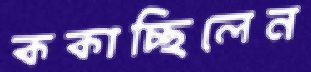
ককাচ্ছিলেন